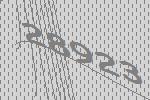
28923